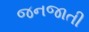
જનજાતી